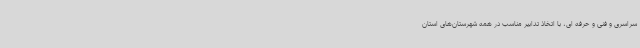
سراسری و فنی و حرفه ای، با اتخاذ تدابیر مناسب در همه شهرستان‌های استان